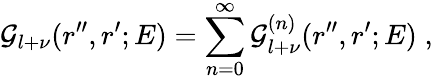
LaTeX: {\mathcal G}_{l+\nu}(r^{\prime\prime},r^{\prime};E)=\sum_{n=0}^{\infty}{\mathcal G}_{l+\nu}^{(n)}(r^{\prime\prime},r^{\prime};E)\; ,